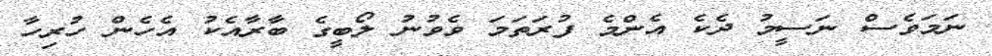
ނަމަވެސް ނަސީމު ދެކެ އެންމެ ފުރަތަމަ ވެވުނު ލޯބީގެ ބާރާއެކު އެހެން ހުރިހާ